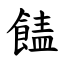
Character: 䭍